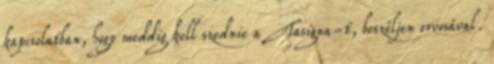
kapcsolatban, hogy meddig kell szednie a Tasigna-t, beszéljen orvosával.